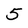
Character: 5